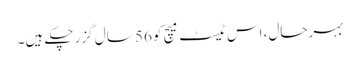
بہرحال، اس ٹیسٹ میچ کو 56 سال گزر چکے ہیں۔